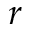
\boldsymbol { r }